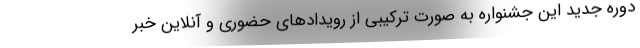
دوره جدید این جشنواره به صورت ترکیبی از رویدادهای حضوری و آنلاین خبر